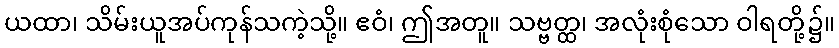
ယထာ၊ သိမ်းယူအပ်ကုန်သကဲ့သို့။ ဧဝံ၊ ဤအတူ။ သဗ္ဗတ္ထ၊ အလုံးစုံသော ဝါရတို့၌။